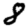
Digit: 8